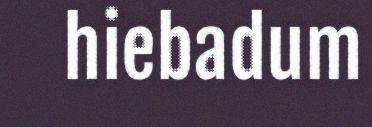
hiebadum